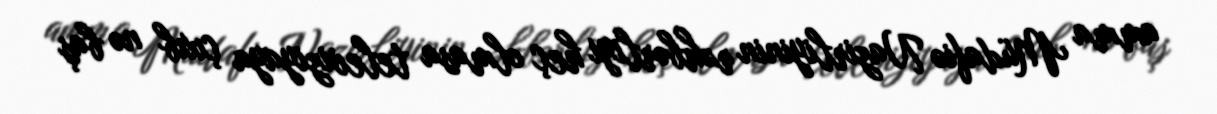
amma Müdafiə Nazirliyinin rəhbərliyi heç olmasa televiziyaya çıxıb nə baş